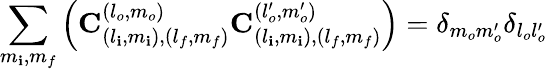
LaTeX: \sum_{m_{\mathbf{i}},m_{f}}\left(\mathbf{{C}}_{(l_{\mathbf{i}},m_{\mathbf{i}}),(l_{f},m_{f})}^{(l_{o},m_{o})}\mathbf{{C}}_{(l_{\mathbf{i}},m_{\mathbf{i}}),(l_{f},m_{f})}^{(l_{o}^{\prime},m_{o}^{\prime})}\right)=\delta_{m_{o}m_{o}^{\prime}}\delta_{l_{o}l_{o}^{\prime}}